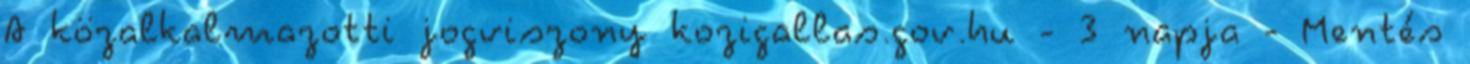
A közalkalmazotti jogviszony kozigallas.gov.hu - 3 napja - Mentés